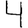
Digit: 4